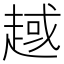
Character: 𧼑